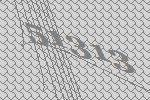
51313